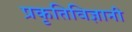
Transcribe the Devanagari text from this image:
प्रकृतिविज्ञानी